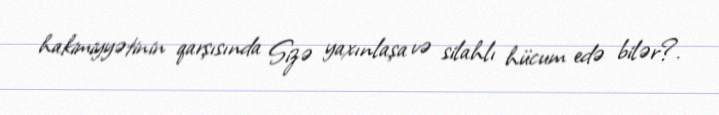
hakimiyyətinin qarşısında Sizə yaxınlaşa və silahlı hücum edə bilər?.